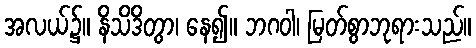
အလယ်၌။ နိသိဒိတွာ၊ နေ၍။ ဘဂဝါ၊ မြတ်စွာဘုရားသည်။